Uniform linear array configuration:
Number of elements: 4
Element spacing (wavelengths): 0.25
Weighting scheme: uniform
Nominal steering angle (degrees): -15
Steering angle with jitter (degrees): -13.375
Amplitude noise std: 0.05
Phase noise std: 0.05

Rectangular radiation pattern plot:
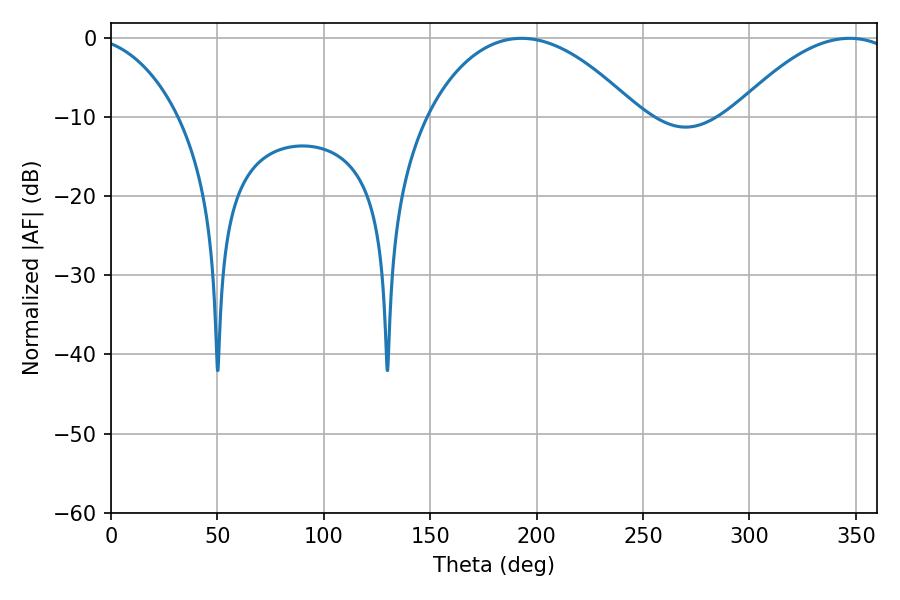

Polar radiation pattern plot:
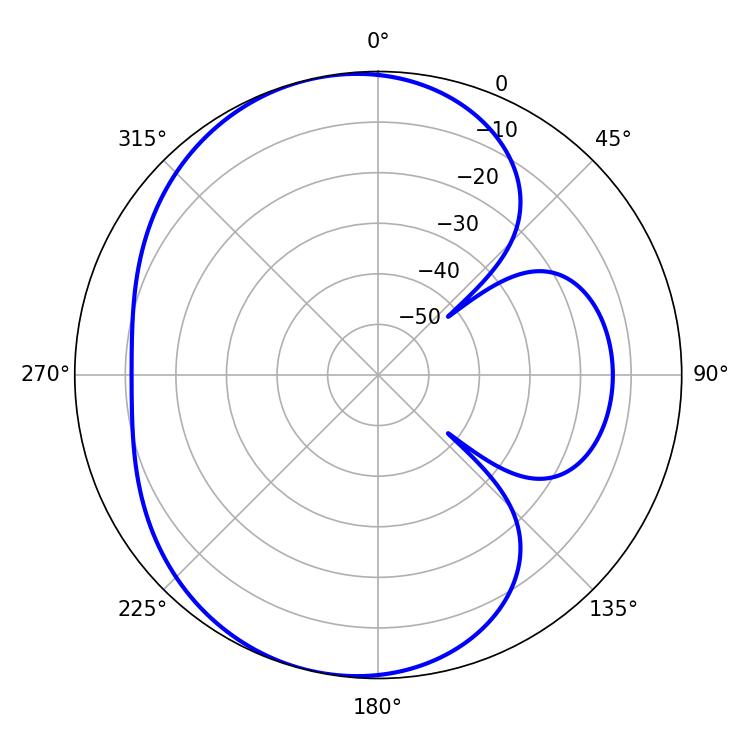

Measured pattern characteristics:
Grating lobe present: FALSE
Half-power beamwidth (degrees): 55.62
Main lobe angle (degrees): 192.96